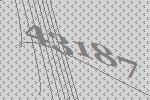
43187